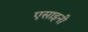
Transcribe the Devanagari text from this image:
एसाइनी